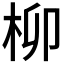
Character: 柳